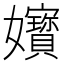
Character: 𡤧